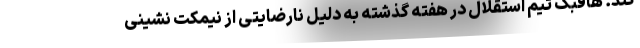
کند. هافبک تیم استقلال در هفته گذشته به دلیل نارضایتی از نیمکت نشینی